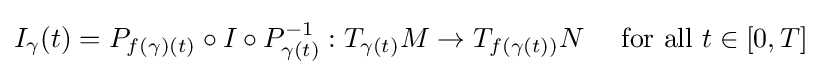
I_{\gamma }(t)=P_{f(\gamma )(t)}\circ I\circ P_{\gamma (t)}^{-1}:T_{\gamma (t)}M\rightarrow T_{f(\gamma (t))}N\quad {\text{ for all }}t\in [0,T]